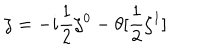
LaTeX: \zeta = - i \frac { 1 } { 2 } \zeta ^ { 0 } - \theta [ \frac { 1 } { 2 } \zeta ^ { 1 } ]